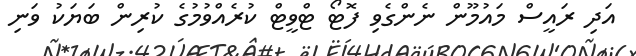
އަދި ރައީސް މަައުމޫން ނެންގެވި ފޮޓޯ ޓްވީޓް ކުރެއްވުމުގެ ކުރިން ބަޔަކު ވަނި